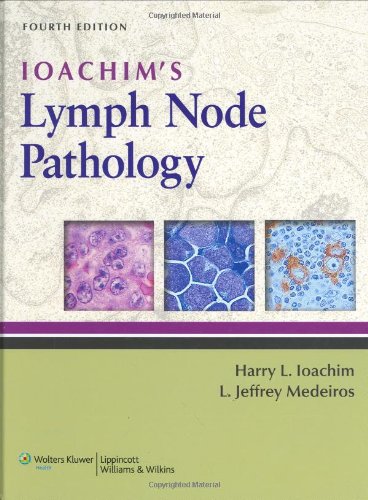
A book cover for Ioachim's Lymph Node Pathology; Medical Books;